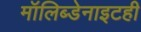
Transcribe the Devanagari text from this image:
मॉलिब्डेनाइटही